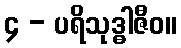
၄ - ပရိသုဒ္ဓါဇီဝ။